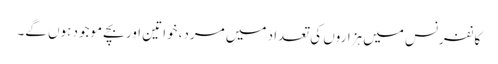
کانفرنس میں ہزاروں کی تعداد میں مرد، خواتین اور بچے موجود ہوں گے۔